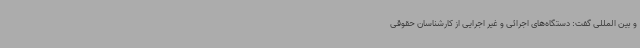
و بین المللی گفت: دستگاه‌های اجرائی و غیر اجرایی از کارشناسان حقوقی